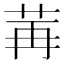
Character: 𫇶